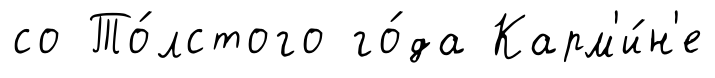
со То́лстого го́да Карм'и́н'е